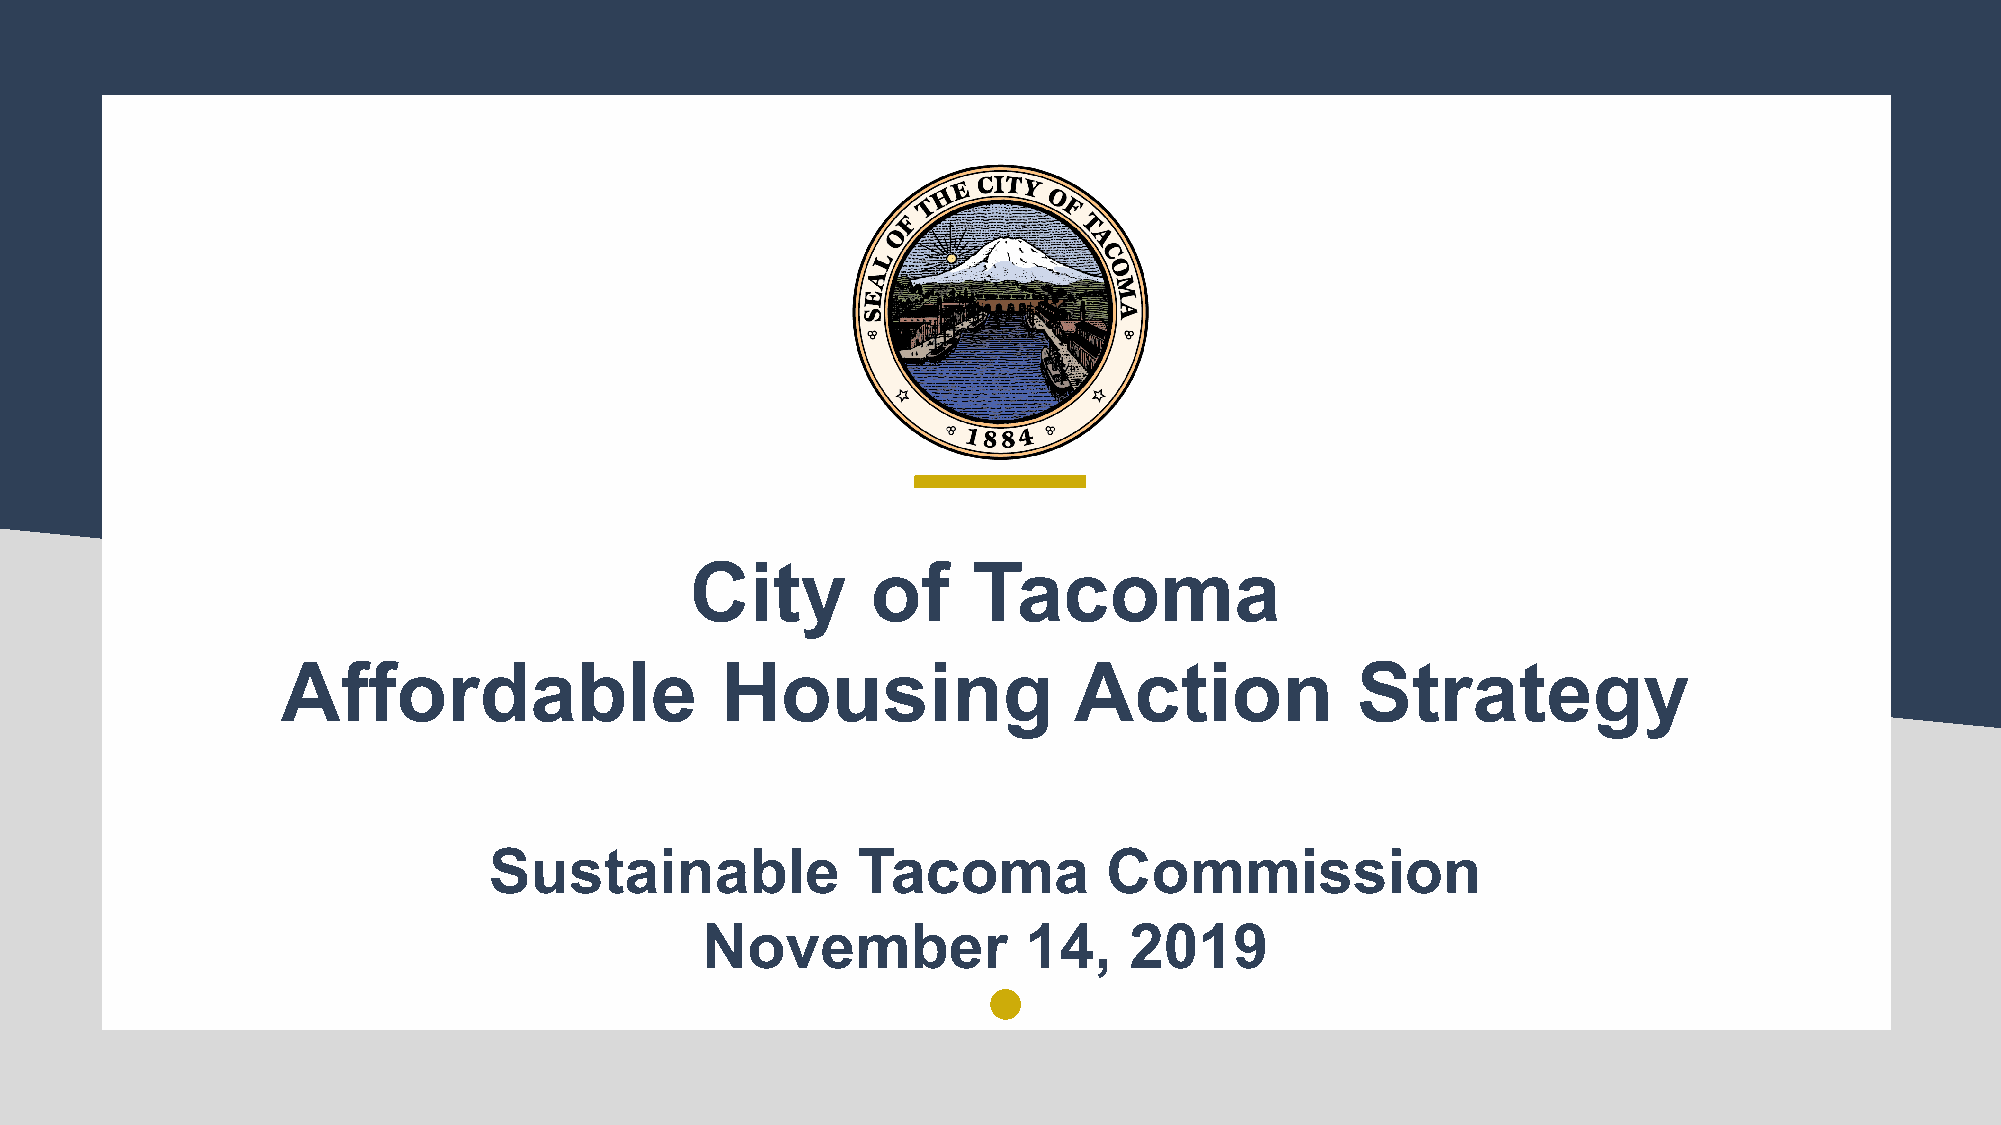
City        of    Tacoma
 Affordable                   Housing                Action             Strategy
 Sustainable              Tacoma          Commission
 November              14,    2019
 11